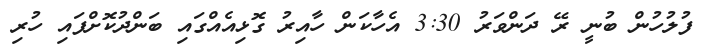
ފުލުހުން ބުނީ ރޭ ދަންވަރު 3:30 އެހާކަން ހާއިރު ގޮޅިއެއްގައި ބަންދުކޮށްފައި ހުރި